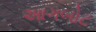
આગબોટ